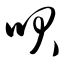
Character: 呗